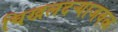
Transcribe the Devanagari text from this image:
चिखलदऱ्याजवळ